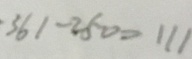
3 6 1 - 2 5 0 = 1 1 1